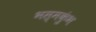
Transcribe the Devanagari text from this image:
भस्मकुंभ